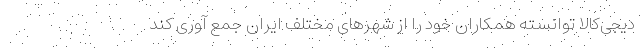
دیجی‌کالا توانسته همکاران خود را از شهرهای مختلف ایران جمع آوری کند